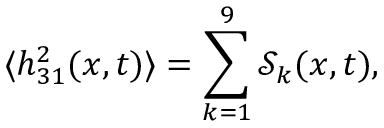
\langle h _ { 3 1 } ^ { 2 } ( x , t ) \rangle = \sum _ { k = 1 } ^ { 9 } \mathcal { S } _ { k } ( x , t ) ,